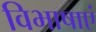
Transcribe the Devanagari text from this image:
विभाषाएं